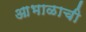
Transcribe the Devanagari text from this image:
आभाळाची